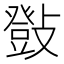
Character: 𢿤